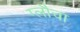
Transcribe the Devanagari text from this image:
ग्लौचा